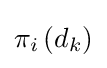
\pi _{i}\left(d_{k}\right)